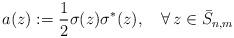
LaTeX: \begin{align*}a(z):=\frac{1}{2}\sigma(z)\sigma^*(z),\quad\forall\, z\in\bar S_{n,m}\end{align*}